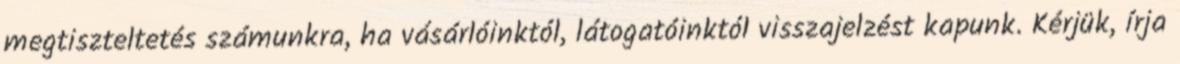
megtiszteltetés számunkra, ha vásárlóinktól, látogatóinktól visszajelzést kapunk. Kérjük, írja